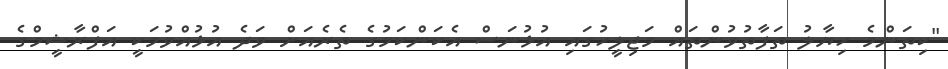
"ކިތަންމެ ހިޔާލު ތަފާތުވުންތައް މަޖިލީހުގައި އުޅުނަސް އެކަންކަމުގެ ތެރެއަށް ވަދެ އުޅުއްވުމަކީ އަފްރާޝީމްގެ